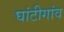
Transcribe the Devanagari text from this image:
घांटीगांव